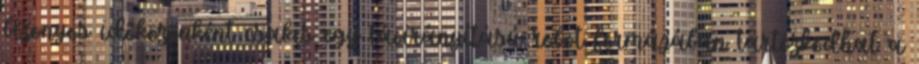
bizonyos időközönként csakis egy távirányítású robot formájában tartózkodhat a